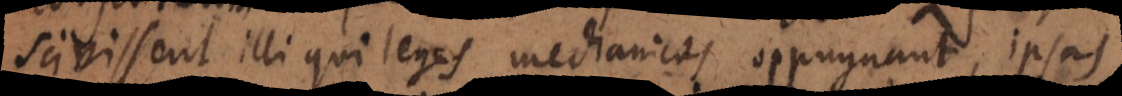
scivissent illi qui leges mechanicas oppugnant, ipsas